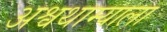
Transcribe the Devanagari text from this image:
अश्वथाम्याला